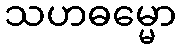
သဟဓမ္မော